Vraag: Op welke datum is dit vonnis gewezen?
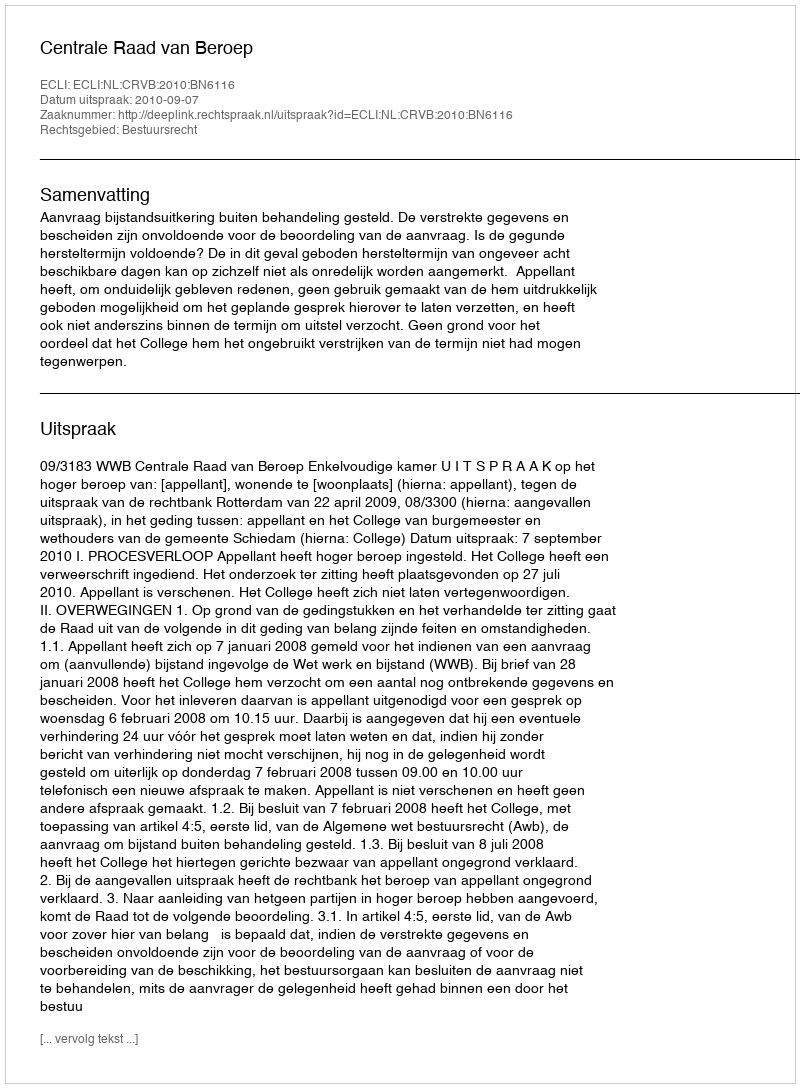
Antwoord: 2010-09-07